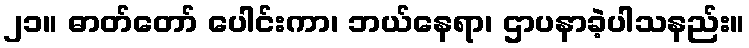
၂၁။ ဓာတ်တော် ပေါင်းကာ၊ ဘယ်နေရာ၊ ဌာပနာခဲ့ပါသနည်း။